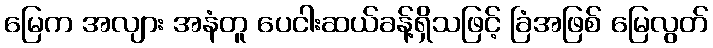
မြေက အလျား အနံတူ ပေငါးဆယ်ခန့်ရှိသဖြင့် ခြံအဖြစ် မြေလွတ်